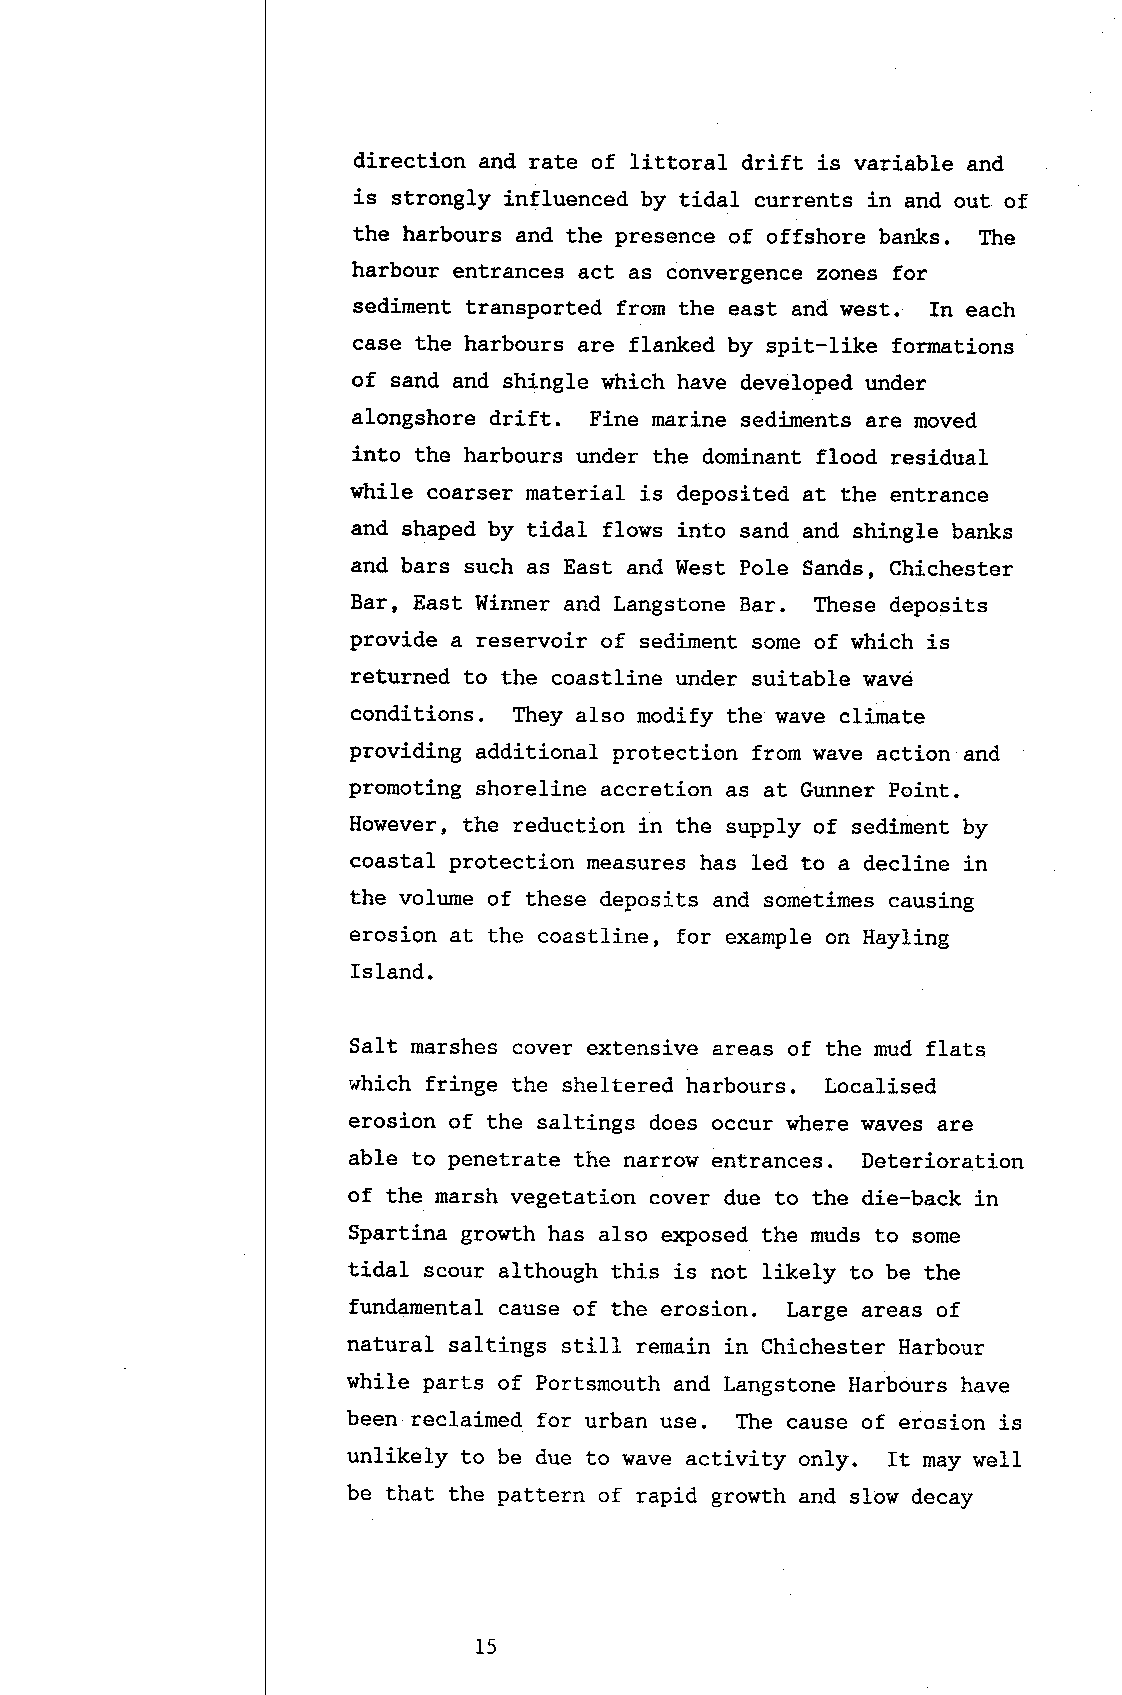
direction and rate of littoral drift is variable and
 is strongly influeneed by tidal currents in and out of
 the harbours and the presence of offshore banks. The
 harbour entrances act as convergence zones for
 sediment transported from the east and west. fn each
 case the harbours are flanked by spit-like formations
 of sand and shingle which have developed under
 alongshore drift. Fine marine sediments are moved
 into the harbours under the doninant flood residual
 while coarser material is deposited at the entrance
 and shaped by tidal flows into sand and shingle banks
 and bars such as East and West Pole Sands, Chichester
 Bar, East Winner and Langstone Bar. These deposits
 provide a reservoir of sediment some of which is
 returned to the coastline under suitable wavd
 conditions. They also modify the wave climate
 providing additional protection from wave action and
 promoting shoreline accretion as at Gunner Point.
 However, the reduction in the supply of sediment by
 coastal protection measures has led to a decline in
 the volume of these deposits and sometimes causing
 erosion at the coastline, for example on Hayling
 Island.
 Salt marshes cover extensive areas of the nud flats
 which fringe the sheltered harbours. Localised
 erosion of the saltings does occur where waves are
 able to penetrate the narrow entrances. Deterioration
 of the marsh vegetation cover due to the die-back in
 Spartina growth has also extrlosed the muds to some
 tidal scour although this is not like1y to be the
 fundamental cause of the erosion. Large areas of
 natural saltings stiIl remain in Chichester Harbour
 while parts of Portsmouth and Langst,one Harbours have
 been reclaimed for urban use. The cause of erosi_on is
 unlikely to be due to wave activity on1y. It may well
 be that the pattern of rapid growth and slow decay
 15